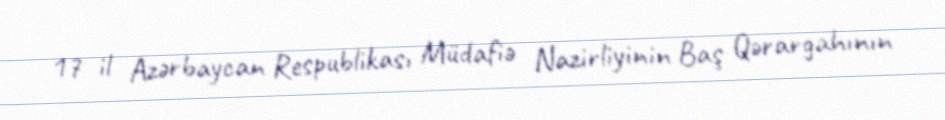
17 il Azərbaycan Respublikası Müdafiə Nazirliyinin Baş Qərargahının